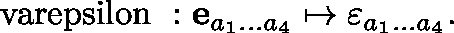
\mathrm { \boldmath ~ \ v a r e p s i l o n ~ } : { \bf e } _ { a _ { 1 } \ldots a _ { 4 } } \mapsto \varepsilon _ { a _ { 1 } \ldots a _ { 4 } } .